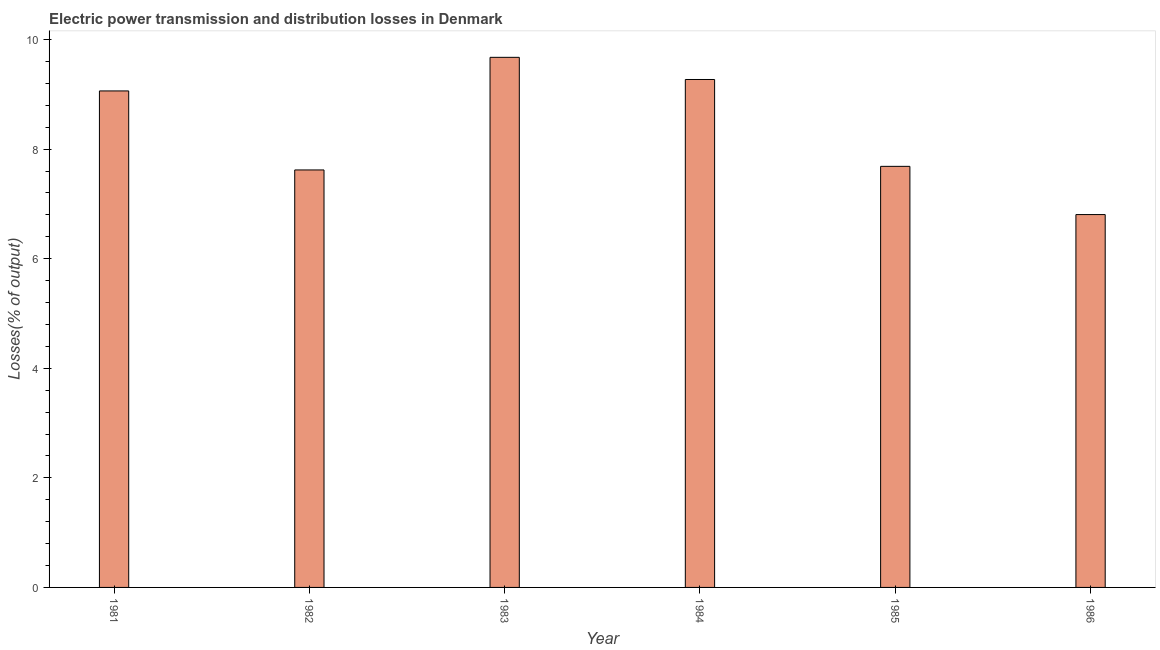
| Year | Electric power transmission and distribution losses |
 | --- | --- |
 | 1981 | 9.06 |
 | 1982 | 7.62 |
 | 1983 | 9.68 |
 | 1984 | 9.27 |
 | 1985 | 7.69 |
 | 1986 | 6.81 |